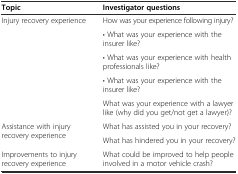
<table><thead><tr><td><b>Topic</b></td><td><b>Investigator questions</b></td></tr></thead><tbody><tr><td rowspan="5">Injury recovery experience</td><td>How was your experience following injury?</td></tr><tr><td>• What was your experience with the insurer like?</td></tr><tr><td>• What was your experience with health professionals like?</td></tr><tr><td>• What was your experience with the insurer like?</td></tr><tr><td>What was your experience with a lawyer like (why did you get/not get a lawyer)?</td></tr><tr><td rowspan="2">Assistance with injury recovery experience</td><td>What has assisted you in your recovery?</td></tr><tr><td>What has hindered you in your recovery?</td></tr><tr><td>Improvements to injury recovery experience</td><td>What could be improved to help people involved in a motor vehicle crash?</td></tr></tbody></table>